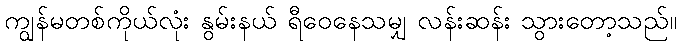
ကျွန်မတစ်ကိုယ်လုံး နွမ်းနယ် ရီဝေနေသမျှ လန်းဆန်း သွားတော့သည်။